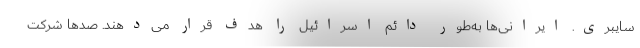
سایبری. ایرانی‌ها به‌طور دائم اسرائیل را هدف قرار می‌دهند. صدها شرکت